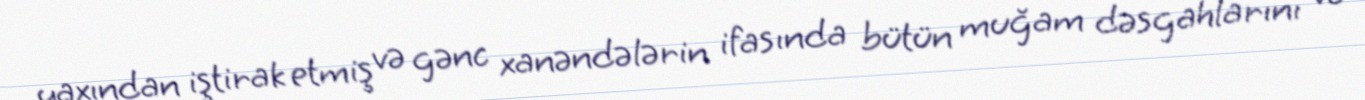
yaxından iştirak etmiş və gənc xanəndələrin ifasında bütün muğam dəsgahlarını və